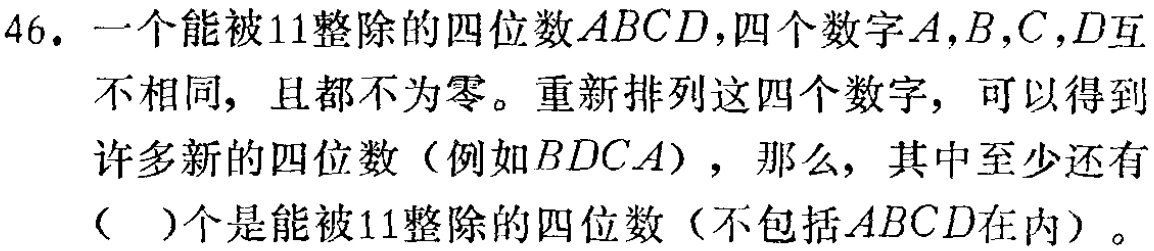
46. 一个能被11整除的四位数\(ABCD\)，四个数字\(A,B,C,D\)互不相同，且都不为零。重新排列这四个数字，可以得到许多新的四位数（例如\(BDCA\)），那么，其中至少还有（  ）个是能被11整除的四位数（不包括\(ABCD\)在内）。